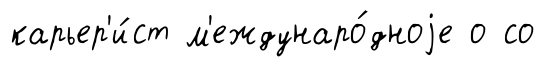
карьер'и́ст м'еждунаро́дноjе о со